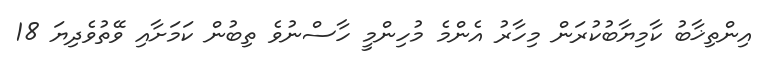
އިންތިޚާބު ކާމިޔާބުކުރަން މިހާރު އެންމެ މުހިންމީ ހާސްނުވެ ތިބުން ކަމަށާއި ވޭތުވެދިޔަ 18